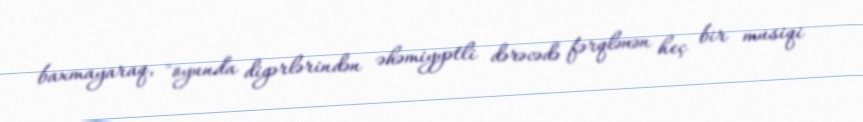
baxmayaraq, "oyunda digərlərindən əhəmiyyətli dərəcədə fərqlənən heç bir musiqi